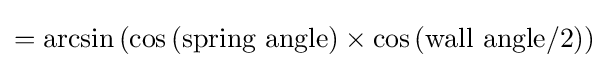
=\arcsin \left(\cos {({\text{spring angle}})}\times \cos {({\text{wall angle}}/2)}\right)